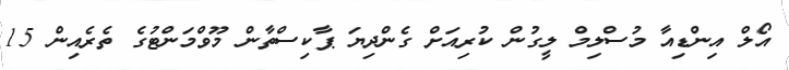
އޯލް އިންޑިއާ މުސްލިމް ލީގުން ކުރިއަށް ގެންދިޔަ ޕާކިސްތާން މޫވްމަންޓުގެ ތެރެއިން 15